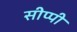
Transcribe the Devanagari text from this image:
सीप्पी